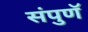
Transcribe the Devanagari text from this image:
संपुणॅ